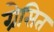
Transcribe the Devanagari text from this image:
ग्रेसित